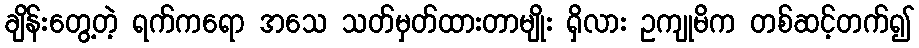
ချိန်းတွေ့တဲ့ ရက်ကရော အသေ သတ်မှတ်ထားတာမျိုး ရှိလား ဥကျုမိက တစ်ဆင့်တက်၍